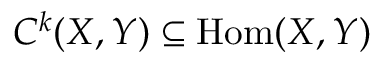
C ^ { k } ( X , Y ) \subseteq { \mathrm { H o m } } ( X , Y )